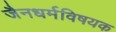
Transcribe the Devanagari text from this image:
जैनधर्मविषयक